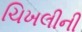
ચિખલીની